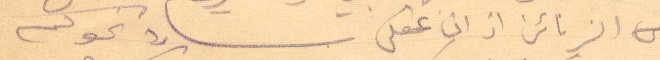
الربائن اذ ان عقلي شارد نحوكم